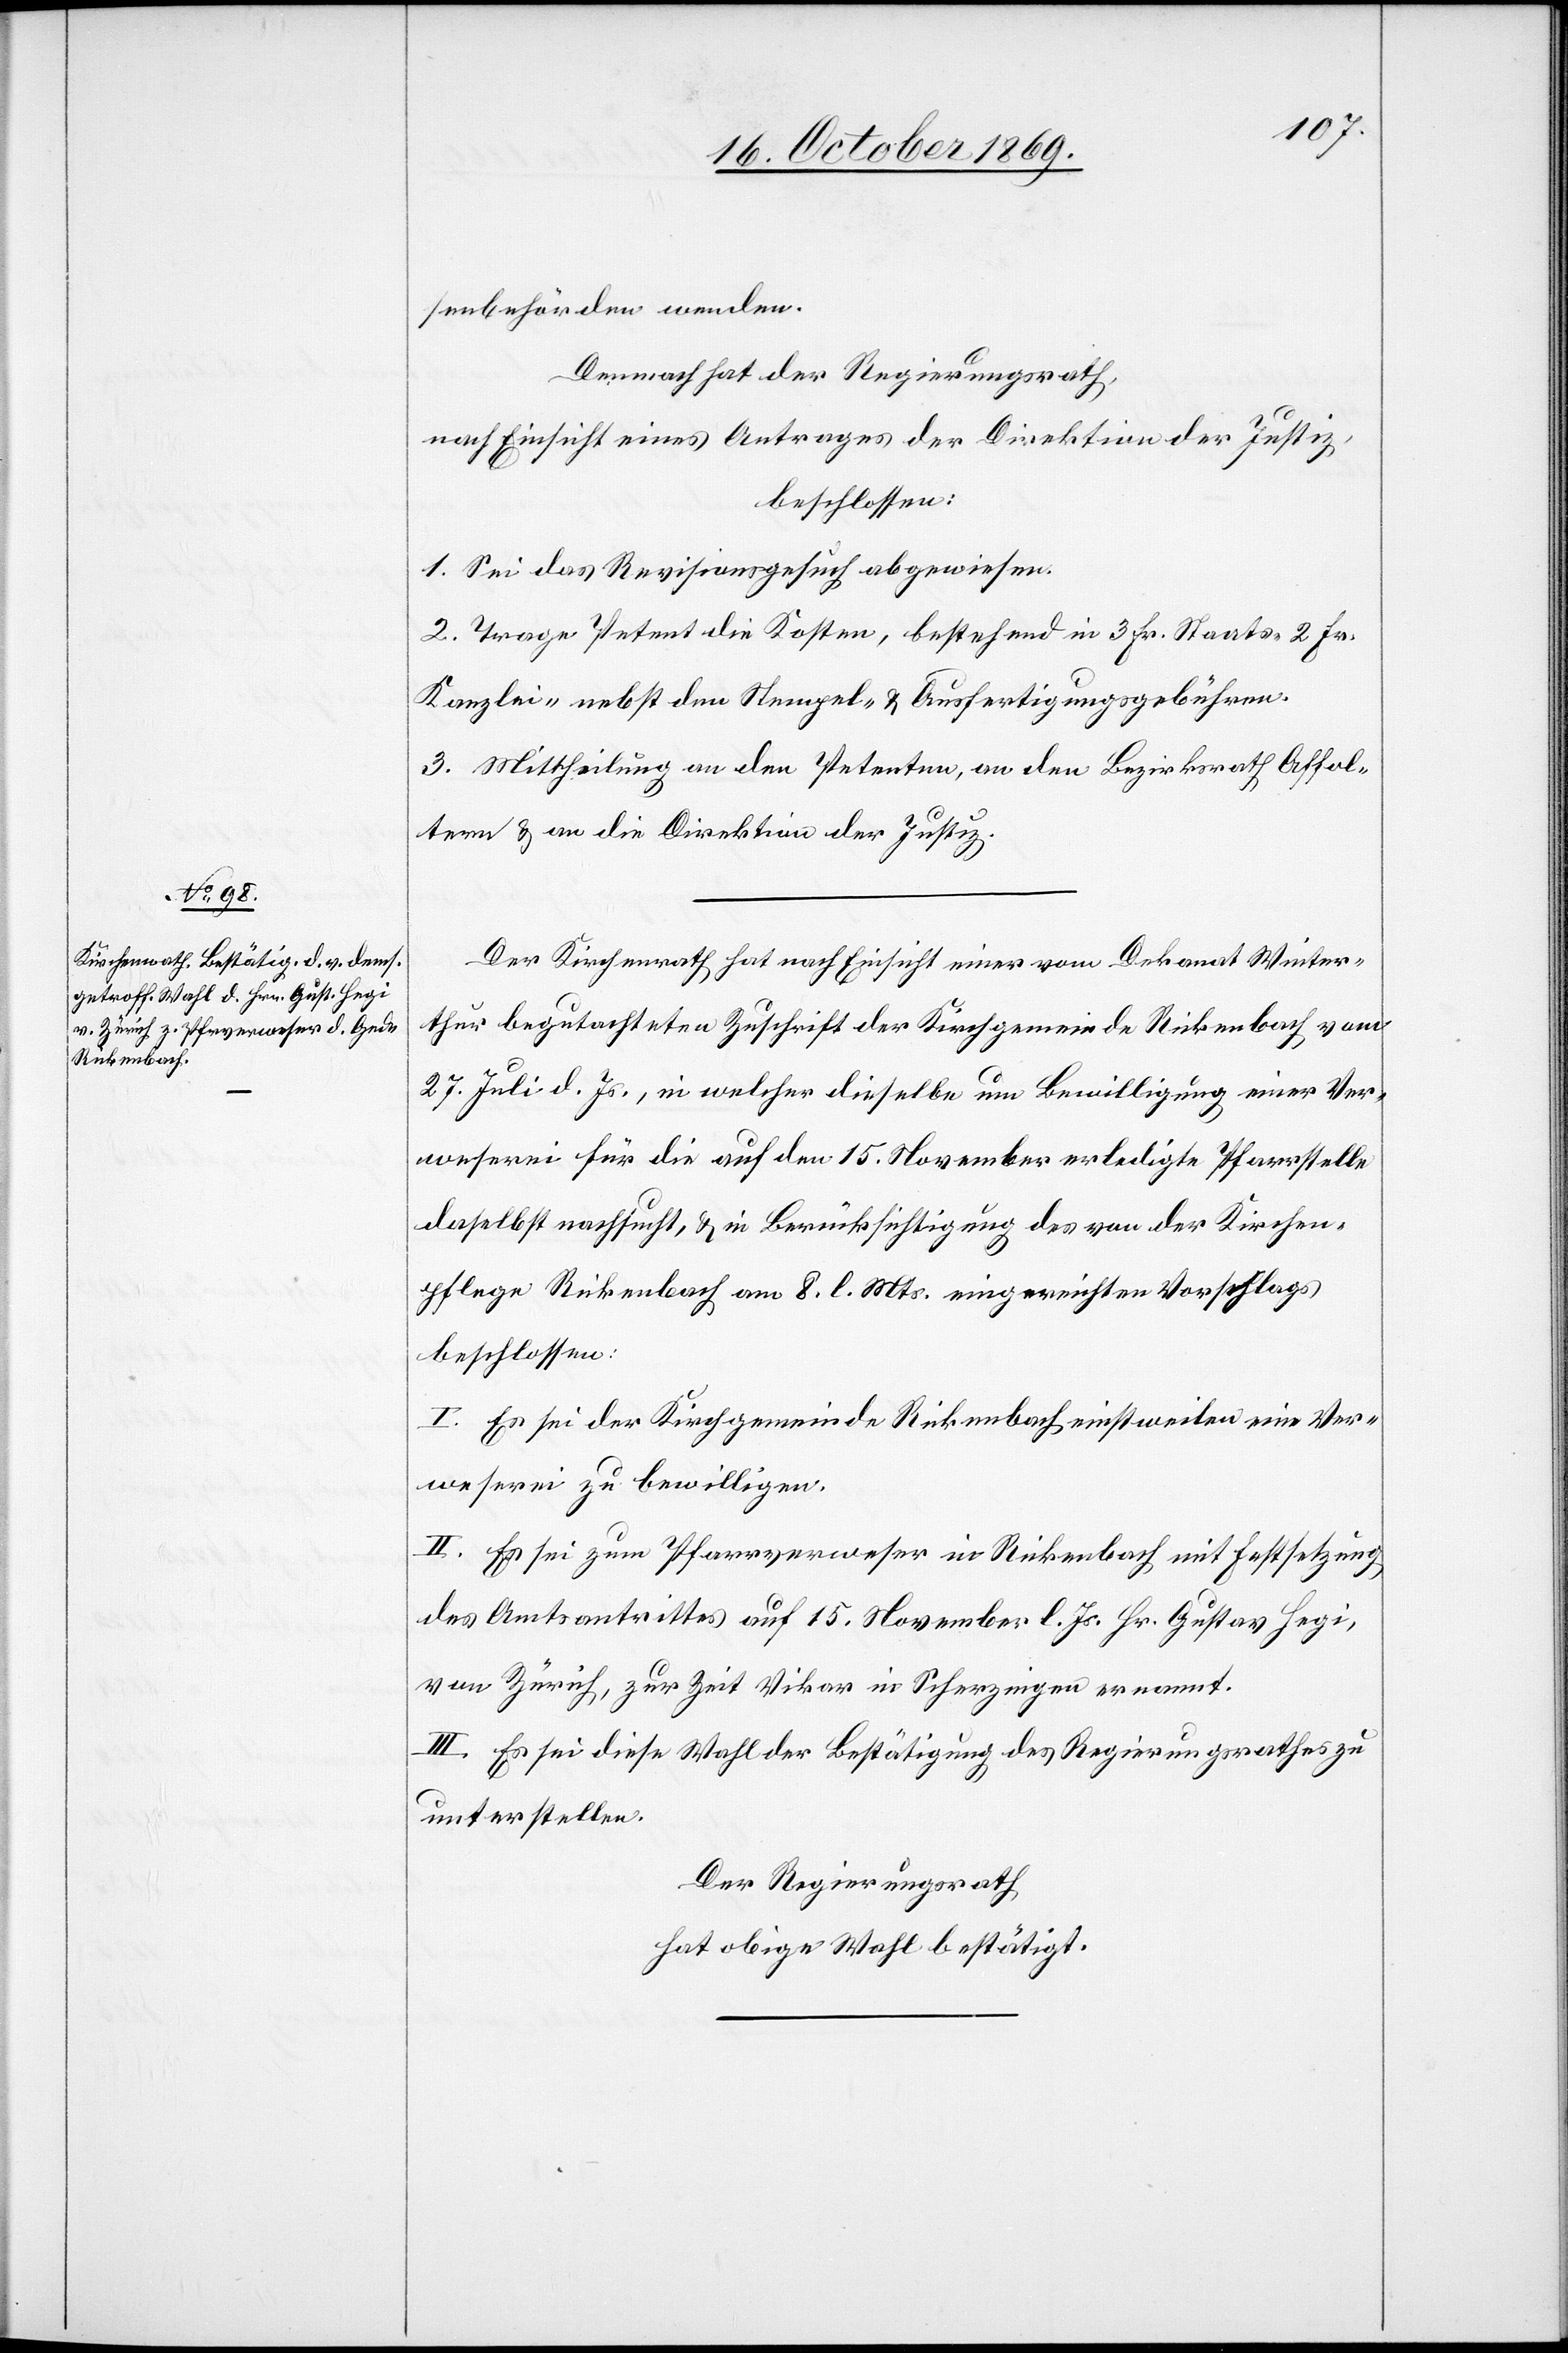
senbehörden wenden.
Demnach hat der Regierungsrath,
nach Einsicht eines Antrages der Direktion der Justiz,
beschlossen:
1. Sei das Revisionsgesuch abgewiesen.
2. Trage Petent die Kosten, bestehend in 3 Fr. Staats-[,] 2 Fr.
Kanzlei-[,] nebst den Stempel- & Ausfertigungsgebühren.
3. Mittheilung an den Petenten, an den Bezirksrath Affol¬
tern & an die Direktion der Justiz.
Der Kirchenrath hat nach Einsicht einer vom Dekanat Winter¬
thur begutachteten Zuschrift der Kirchgemeinde Rickenbach vom
27. Juli d. Js., in welcher dieselbe um Bewilligung einer Ver¬
weserei für die auf den 15. November erledigte Pfarrstelle
daselbst nachsucht, & in Berücksichtigung des von der Kirchen¬
pflege Rickenbach am 8. l. Mts. eingereichten Vorschlags
beschlossen:
I. Es sei der Kirchgemeinde Rickenbach einstweilen eine Ver¬
weserei zu bewilligen.
II. Es sei zum Pfarrverweser in Rickenbach mit Festsetzung
des Amtsantrittes auf 15. November l. Js. Hr. Gustav Hegi,
von Zürich, zur Zeit Vikar in Scherzingen ernannt.
III. Es sei diese Wahl der Bestätigung des Regierungsrathes zu
unterstellen.
Der Regierungsrath
hat obige Wahl bestätigt.